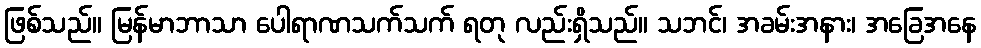
ဖြစ်သည်။ မြန်မာဘာသာ ပေါရာဏသက်သက် ရတု လည်းရှိသည်။ သဘင်၊ အခမ်းအနား၊ အခြေအနေ